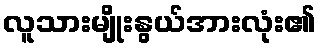
လူသားမျိုးနွယ်အားလုံး၏